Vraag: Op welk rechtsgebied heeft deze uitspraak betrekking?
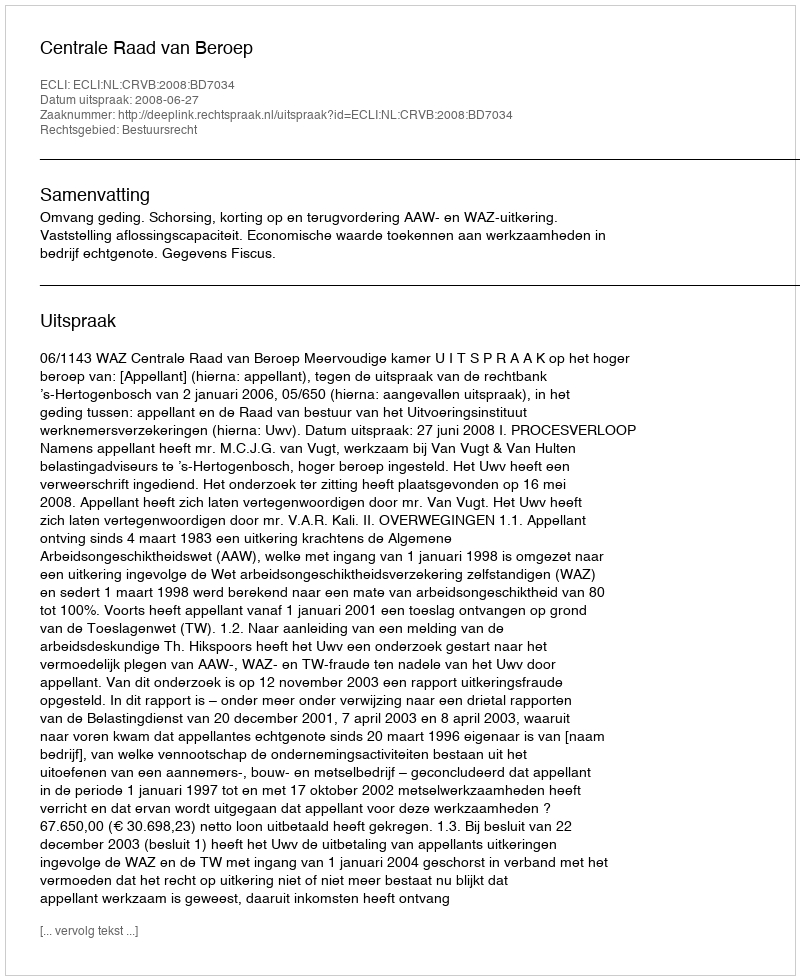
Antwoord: Bestuursrecht